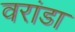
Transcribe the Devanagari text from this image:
वरांडा